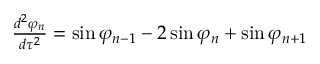
\begin{array} { r } { \frac { d ^ { 2 } \varphi _ { n } } { d \tau ^ { 2 } } = \sin \varphi _ { n - 1 } - 2 \sin \varphi _ { n } + \sin \varphi _ { n + 1 } } \end{array}